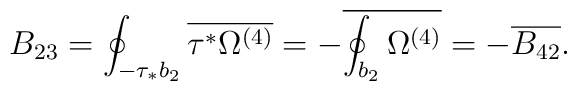
B_{23}=\oint_{-\tau_{*}b_{2}}\overline{\tau^{*}\Omega^{(4)}}=-\overline{\oint_{b_{2}}\Omega^{(4)}}=-\overline{B_{42}}.